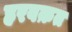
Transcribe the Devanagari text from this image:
हरवक़त